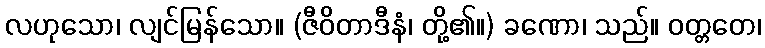
လဟုသော၊ လျင်မြန်သော။ (ဇီဝိတာဒီနံ၊ တို့၏။) ခဏော၊ သည်။ ဝတ္တတေ၊